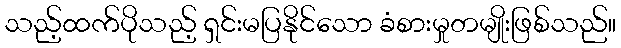
သည့်ထက်ပိုသည့် ရှင်းမပြနိုင်သော ခံစားမှုတမျိုးဖြစ်သည်။